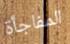
المفاجأة